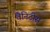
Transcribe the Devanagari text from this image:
वैनिटीस